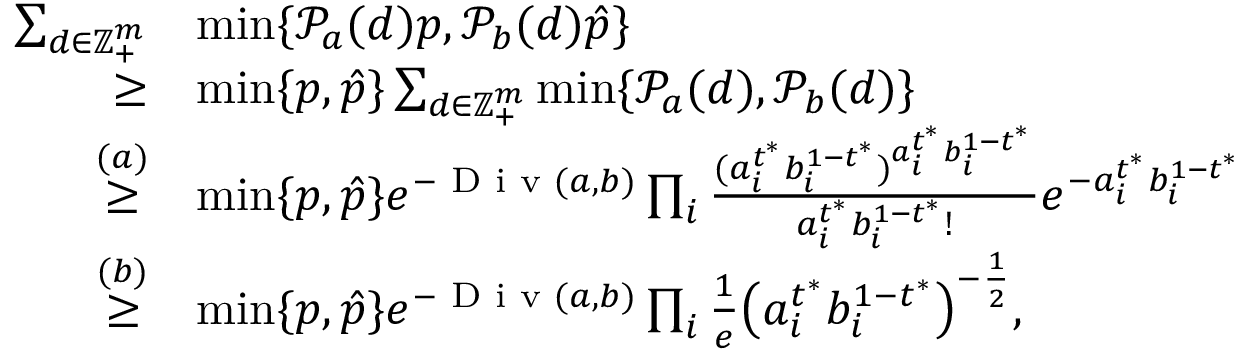
\begin{array} { r l } { \sum _ { d \in \mathbb { Z } _ { + } ^ { m } } } & { \operatorname* { m i n } \{ \mathcal { P } _ { a } ( d ) p , \mathcal { P } _ { b } ( d ) \hat { p } \} } \\ { \geq } & { \operatorname* { m i n } \{ p , \hat { p } \} \sum _ { d \in \mathbb { Z } _ { + } ^ { m } } \operatorname* { m i n } \{ \mathcal { P } _ { a } ( d ) , \mathcal { P } _ { b } ( d ) \} } \\ { \overset { ( a ) } { \geq } } & { \operatorname* { m i n } \{ p , \hat { p } \} e ^ { - \textup { D i v } ( a , b ) } \prod _ { i } \frac { ( a _ { i } ^ { t ^ { * } } b _ { i } ^ { 1 - t ^ { * } } ) ^ { a _ { i } ^ { t ^ { * } } b _ { i } ^ { 1 - t ^ { * } } } } { a _ { i } ^ { t ^ { * } } b _ { i } ^ { 1 - t ^ { * } } ! } e ^ { - a _ { i } ^ { t ^ { * } } b _ { i } ^ { 1 - t ^ { * } } } } \\ { \overset { ( b ) } { \geq } } & { \operatorname* { m i n } \{ p , \hat { p } \} e ^ { - \textup { D i v } ( a , b ) } \prod _ { i } \frac { 1 } { e } \big ( a _ { i } ^ { t ^ { * } } b _ { i } ^ { 1 - t ^ { * } } \big ) ^ { - \frac { 1 } { 2 } } , } \end{array}